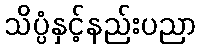
သိပ္ပံနှင့်နည်းပညာ